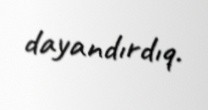
dayandırdıq.